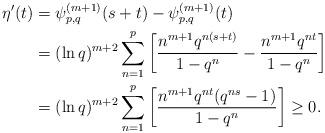
LaTeX: \begin{align*}\eta'(t)&=\psi^{(m+1)}_{p,q}(s+t) - \psi^{(m+1)}_{p,q}(t)\\&= (\ln q)^{m+2} \sum_{n=1}^{p} \left[ \frac{ n^{m+1}q^{n(s+t)}}{1-q^{n}} - \frac{ n^{m+1}q^{nt}}{1-q^{n}} \right] \\&= (\ln q)^{m+2} \sum_{n=1}^{p} \left[ \frac{ n^{m+1}q^{nt}(q^{ns}-1)}{1-q^{n}} \right]\geq0. \,\, \end{align*}